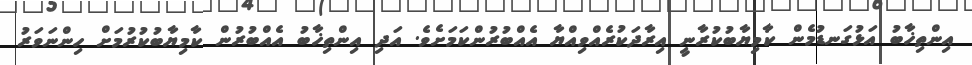
އިންތިޚާބު އަޅުގަނޑުމެން ކާމިޔާބުކުރާނީ އިރާދަކުރެއްވިއްޔާ އެއްބުރުންކަމަށެވެ. އަދި އިންތިޚާބު އެއްބުރުން ކާމިޔާބުކުރުމަށް ހިންނަވަރު